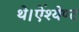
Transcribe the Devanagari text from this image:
थे।ऐंश्येण्ट